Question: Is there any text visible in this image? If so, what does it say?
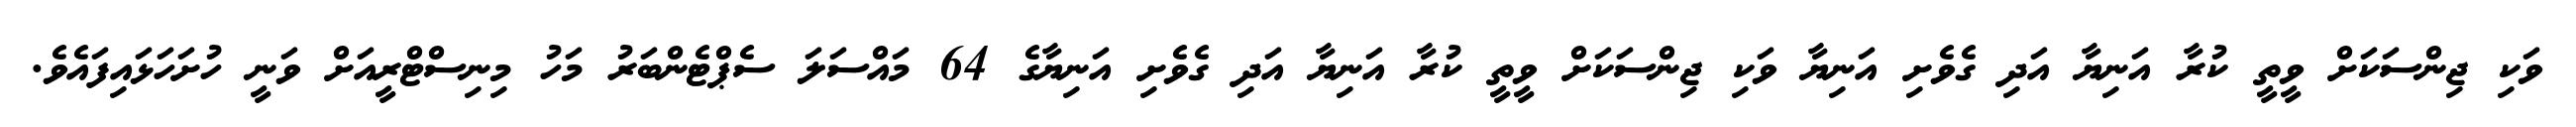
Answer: ވަކި ޖިންސަކަށް ވީތީ ކުރާ އަނިޔާ އަދި ގެވެށި އަނިޔާ ވަކި ޖިންސަކަށް ވީތީ ކުރާ އަނިޔާ އަދި ގެވެށި އަނިޔާގެ 64 މައްސަލަ ސެޕްޓެންބަރު މަހު މިނިސްޓްރީއަށް ވަނީ ހުށަހަޅައިފައެވެ.